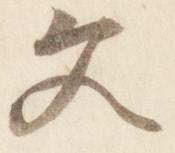
文